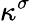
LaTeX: \kappa^{\sigma}